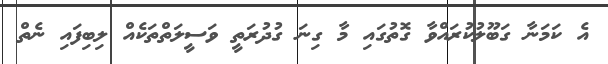
އެ ކަމަނާ ގަބޫލުކުރައްވާ ގޮތުގައި މާ ގިނަ ގުދުރަތީ ވަސީލަތްތަކެއް ލިބިފައި ނެތް